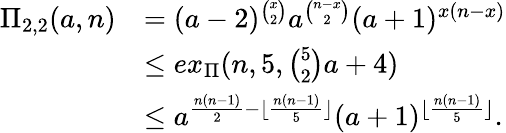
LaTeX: \begin{array}{rl}{\Pi_{2,2}(a,n)}&{=(a-2)^{\binom{x}{2}}a^{\binom{n-x}{2}}(a+1)^{x(n-x)}}\\ &{\leq ex_{\Pi}(n,5,\binom{5}{2}a+4)}\\ &{\leq a^{\frac{n(n-1)}{2}-\lfloor\frac{n(n-1)}{5}\rfloor}(a+1)^{\lfloor\frac{n(n-1)}{5}\rfloor}.}\end{array}